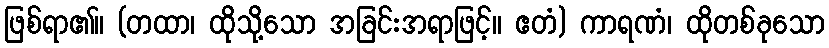
ဖြစ်ရာ၏။ (တထာ၊ ထိုသို့သော အခြင်းအရာဖြင့်။ ဧတံ) ကာရဏံ၊ ထိုတစ်ခုသော